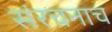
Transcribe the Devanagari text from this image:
संरचनाच